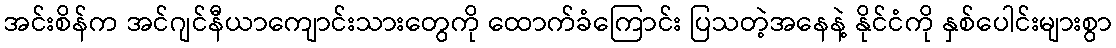
အင်းစိန်က အင်ဂျင်နီယာကျောင်းသားတွေကို ထောက်ခံကြောင်း ပြသတဲ့အနေနဲ့ နိုင်ငံကို နှစ်ပေါင်းများစွာ